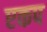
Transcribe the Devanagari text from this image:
एकप